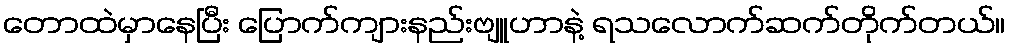
တောထဲမှာနေပြီး ပြောက်ကျားနည်းဗျူဟာနဲ့ ရသလောက်ဆက်တိုက်တယ်။